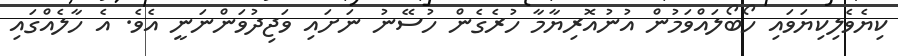
ކިޔެވެލިކިޔަވައި ހޯބޯލައްވަމުން އުނުއޮރިޔާމާ ހުރެގެން ހުސޭނު ނަށައި ވަޖިދުވަންނަނީ އެވެ. އެ ހާލެއްގައި